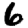
Digit: 6